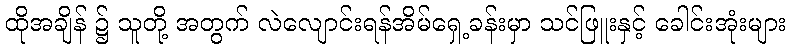
ထိုအချိန် ၌ သူတို့ အတွက် လဲလျောင်းရန်အိမ်ရှေ့ခန်းမှာ သင်ဖြူးနှင့် ခေါင်းအုံးများ